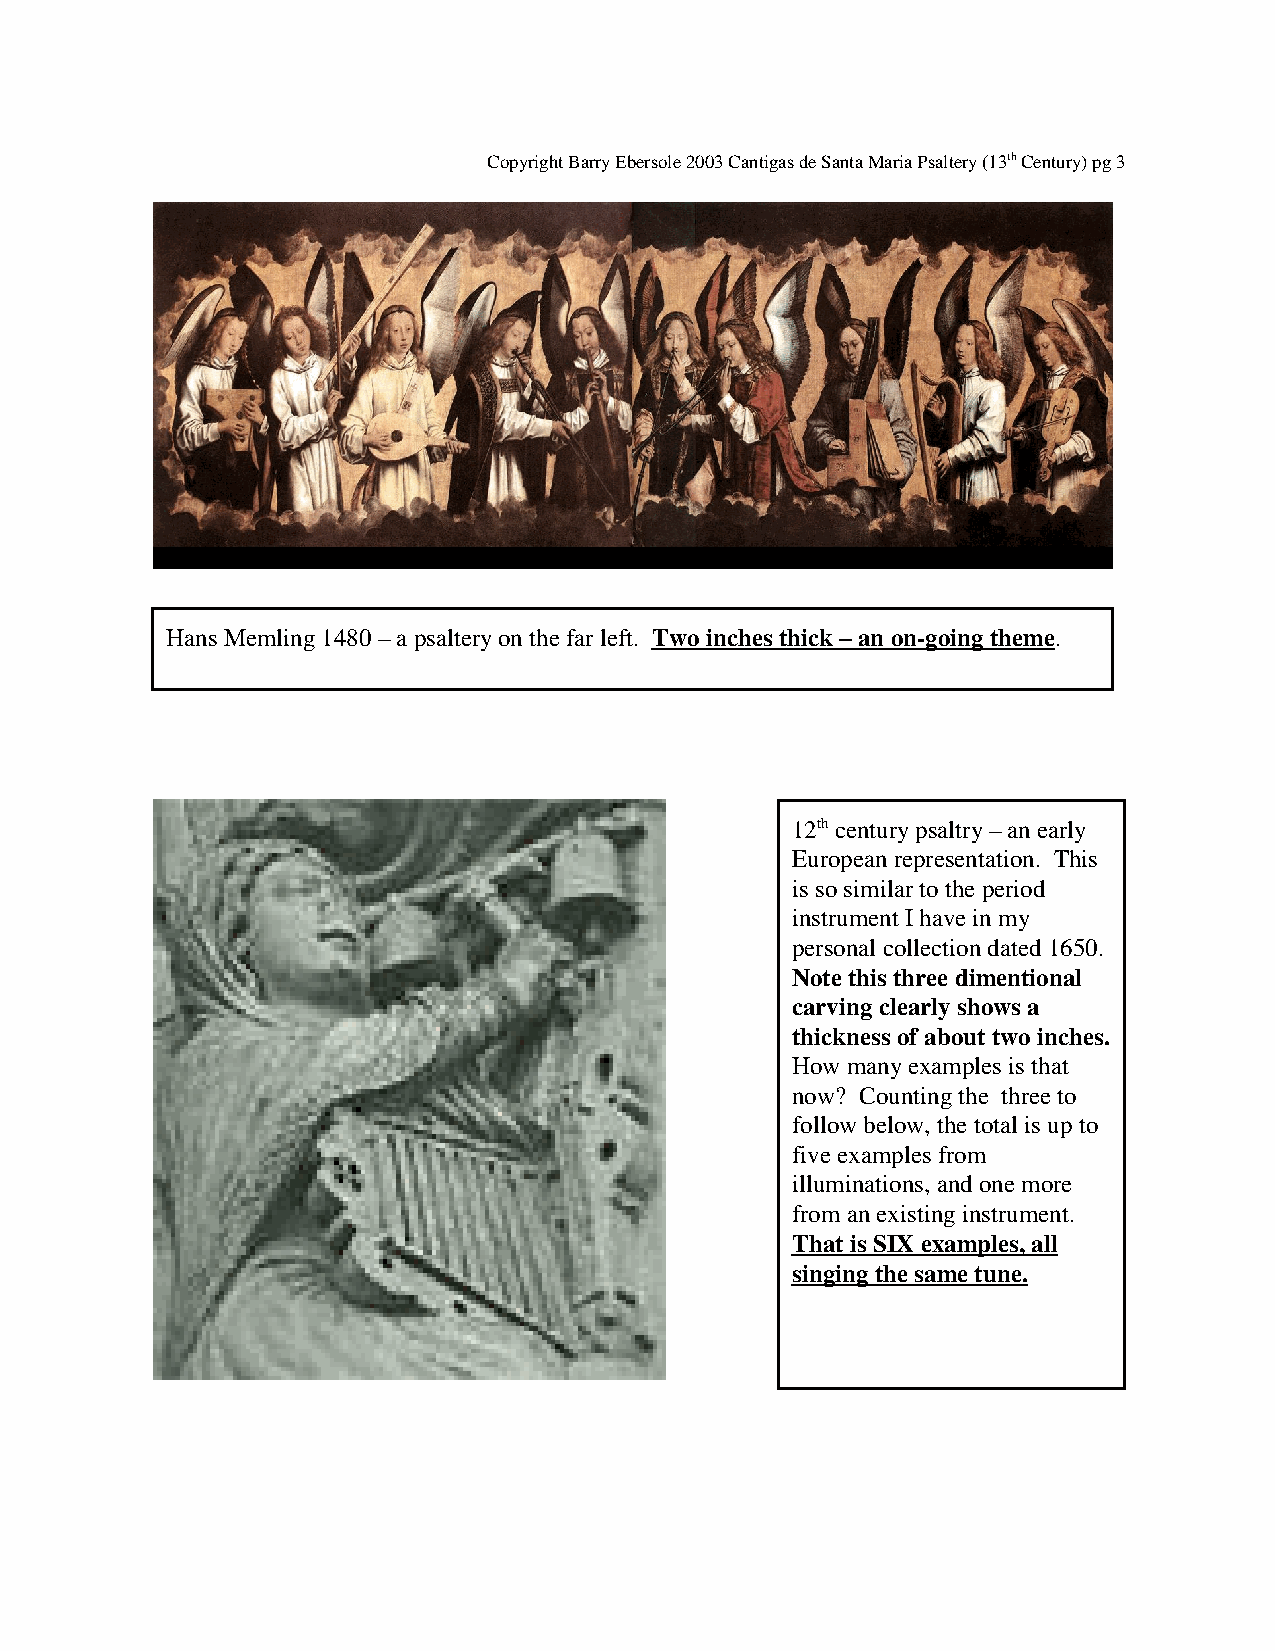
Copyright Barry Ebersole 2003 Cantigas de Santa Maria Psaltery (13th Century) pg 3
 Hans Memling 1480 – a psaltery on the far left. Two inches thick – an on-going theme.
 12th century psaltry – an early
 European representation. This
 is so similar to the period
 instrument I have in my
 personal collection dated 1650.
 Note this three dimentional
 carving clearly shows a
 thickness of about two inches.
 How many examples is that
 now? Counting the three to
 follow below, the total is up to
 five examples from
 illuminations, and one more
 from an existing instrument.
 That is SIX examples, all
 singing the same tune.